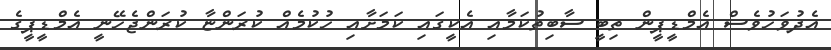
އެދުވަހުވެސް އެމްޑީޕީން ތިބީ ސާބިތުކަމާއި އެކީގައި ކަމަށާއި ހުކުމެއް ކުރަންޏާ ކުރަންޖެހޭނީ އެމްޑީޕީގެ